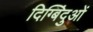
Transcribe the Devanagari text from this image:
दिग्बिंदुओं